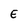
Character: E